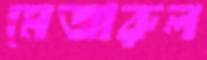
মেজারুল